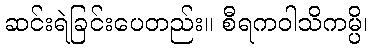
ဆင်းရဲခြင်းပေတည်း။ စီရကဝါသိကမ္ပိ၊